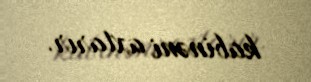
kabinəni axtarır.